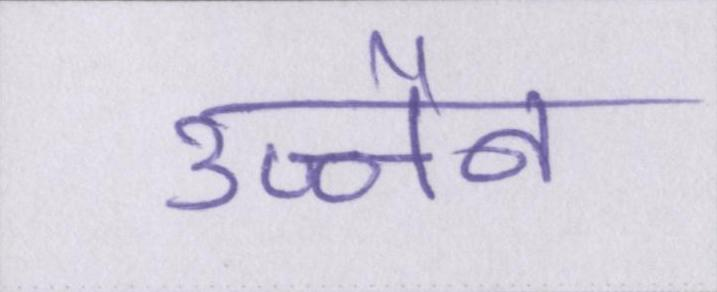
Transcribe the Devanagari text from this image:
उज्जैन